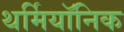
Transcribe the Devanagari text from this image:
थर्मियॉनिक